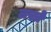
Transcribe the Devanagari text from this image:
लख्ते